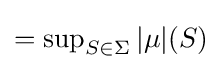
=\sup \nolimits _{S\in \Sigma }|\mu |(S)